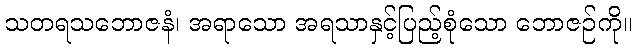
သတရသဘောဇနံ၊ အရာသော အရသာနှင့်ပြည့်စုံသော ဘောဇဉ်ကို။